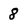
Character: 8